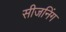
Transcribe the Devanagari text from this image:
सीजनिंग